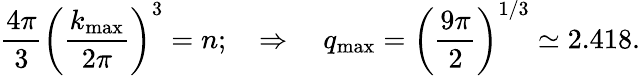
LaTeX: \frac{4\pi}{3}\left(\frac{k_{\mathrm{max}}}{2\pi}\right)^{3}=n;\quad\Rightarrow\quad q_{\mathrm{max}}=\left(\frac{9\pi}{2}\right)^{1/3}\simeq 2.418.